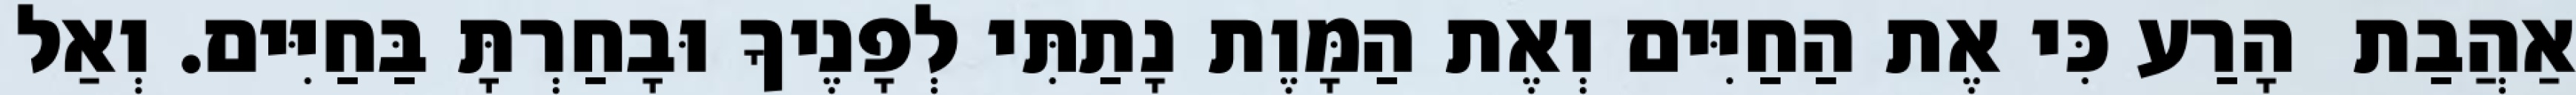
אַהֲבַת  הָרַע כִּי אֶת הַחַיִּים וְאֶת הַמָּוֶת נָתַתִּי לְפָנֶיךָ וּבָחַרְתָּ בַּחַיִּים. וְאַל